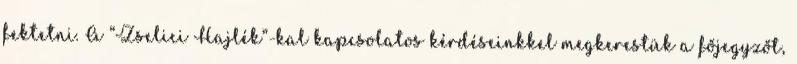
fektetni. A “Zselici Hajlék”-kal kapcsolatos kérdéseinkkel megkerestük a főjegyzőt,